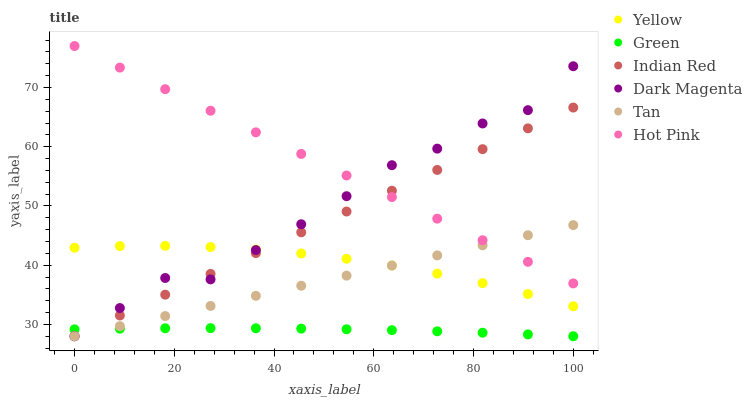
| xaxis_label | Yellow | Green | Indian Red | Dark Magenta | Tan | Hot Pink |
 | --- | --- | --- | --- | --- | --- | --- |
 | 0 | 42.9 | 29.2 | 28 | 28 | 28 | 77 |
 | 9.09 | 43.2 | 29.3 | 31.5 | 32.8 | 29.7 | 73.4 |
 | 18.2 | 43.3 | 29.3 | 35 | 37.8 | 31.4 | 69.7 |
 | 27.3 | 43.1 | 29.4 | 38.5 | 37.6 | 33.1 | 66.1 |
 | 36.4 | 42.6 | 29.4 | 42 | 42.5 | 34.8 | 62.4 |
 | 45.5 | 42 | 29.3 | 45.5 | 46.9 | 36.5 | 58.8 |
 | 54.5 | 41.1 | 29.2 | 49.1 | 51.7 | 38.2 | 55.1 |
 | 63.6 | 39.9 | 29 | 52.6 | 56.9 | 39.9 | 51.5 |
 | 72.7 | 38.6 | 28.8 | 56.1 | 59.7 | 41.6 | 47.9 |
 | 81.8 | 37 | 28.6 | 59.6 | 63.9 | 43.4 | 44.2 |
 | 90.9 | 35.1 | 28.3 | 63.1 | 66.2 | 45.1 | 40.6 |
 | 100 | 33.1 | 28 | 66.6 | 73.6 | 46.8 | 36.9 |